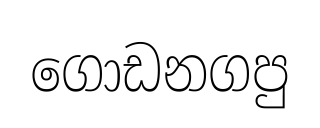
ගොඩනගපු